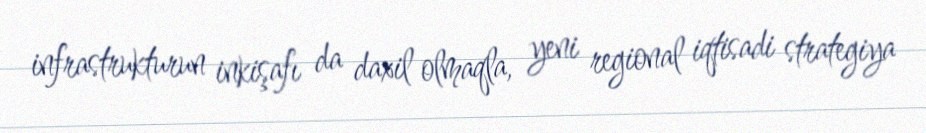
infrastrukturun inkişafı da daxil olmaqla, yeni regional iqtisadi strategiya